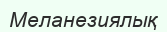
Меланезиялық